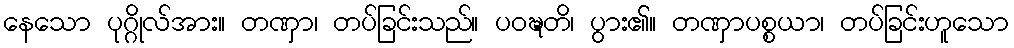
နေသော ပုဂ္ဂိုလ်အား။ တဏှာ၊ တပ်ခြင်းသည်။ ပဝဍ္ဎတိ၊ ပွား၏။ တဏှာပစ္စယာ၊ တပ်ခြင်းဟူသော